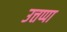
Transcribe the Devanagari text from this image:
उत्तप्पा